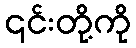
၎င်းတို့ကို